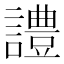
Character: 𧬹